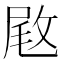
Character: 𢽙